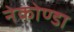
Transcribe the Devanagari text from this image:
नेकोण्डा